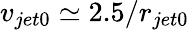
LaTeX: v_{jet0}\simeq 2.5/r_{jet0}